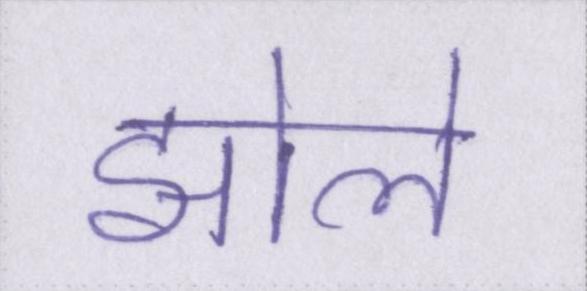
झोले